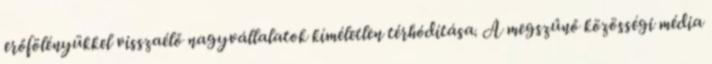
erőfölényükkel visszaélő nagyvállalatok kíméletlen térhódítása. A megszűnő közösségi média